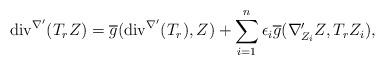
LaTeX: \begin{align*} \mathrm{div}^{\nabla'}(T_{r}Z)=\overline{g}( \mathrm{div}^{\nabla'}(T_{r}),Z)+\sum_{i=1}^{n}\epsilon_{i}\overline{g}(\nabla'_{Z_{i}}Z,T_{r}Z_{i} ), \end{align*}